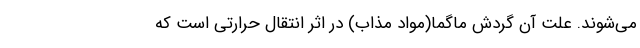
می‌شوند. علت آن گردش ماگما(مواد مذاب) در اثر انتقال حرارتی است که